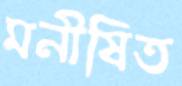
মনীষিত